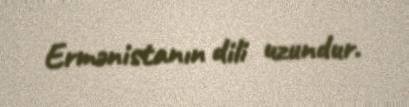
Ermənistanın dili uzundur.